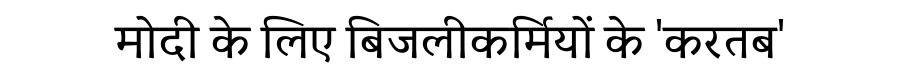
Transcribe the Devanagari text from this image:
मोदी के लिए बिजलीकर्मियों के 'करतब'